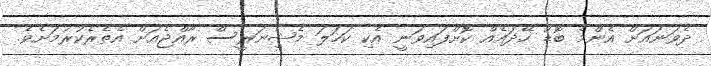
ދެވަނައަށް އެންމެ ބޮޑު ހޭދައެއް ކޮށްފައިވަނީ އެކި ކަހަލަ މެޝިނަރީސް ރާއްޖެއަށް އެތެރެކުރުމަށެވެ.